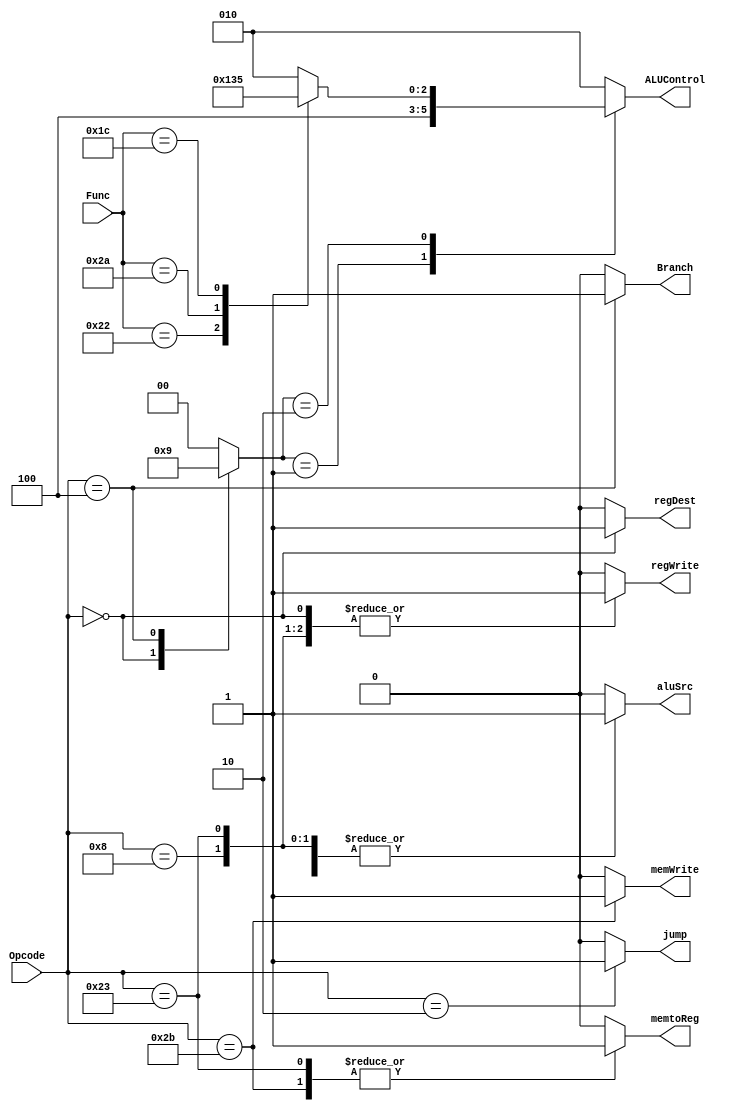
module MIPS_CU (
    input wire [5:0] Opcode,
    input wire [5:0] Func,
    output reg memtoReg,
    output reg memWrite,
    output reg Branch,
    output reg aluSrc,
    output reg regDest,
    output reg regWrite,
    output reg jump,
    output reg [2:0] ALUControl	 
);
    reg [1:0] ALUOp;
    
    always @(*) begin
        memtoReg = 'b0;
        memWrite = 'b0;
        Branch = 'b0;
        aluSrc = 'b0;
        regDest = 'b0;
        regWrite = 'b0;
        ALUOp = 'b0;
        jump = 'b0;
        case (Opcode)
            'b00_0000:begin
                regDest = 'b1;
                regWrite = 'b1;
                ALUOp = 'b10;
            end
            'b00_0010:begin
                jump = 'b1;
            end
            'b00_0100:begin
                Branch = 'b1;
                ALUOp = 'b01;
            end
            'b00_1000:begin
                regWrite = 'b1;
                aluSrc = 'b1;
            end
            'b10_0011:begin
                regWrite = 'b1;
                aluSrc = 'b1;
                memtoReg = 'b1;
            end
            'b10_1011:begin
                memWrite = 'b1;
                aluSrc = 'b1;
                memtoReg = 'b1;
            end
            default: begin
                memtoReg = 'b0;
                memWrite = 'b0;
                Branch = 'b0;
                aluSrc = 'b0;
                regDest = 'b0;
                regWrite = 'b0;
                ALUOp = 'b0;
                jump = 'b0;
            end
        endcase
        
        case (ALUOp)
            'b00:begin
                ALUControl = 'b010;
            end
            'b01:begin
                ALUControl = 'b100;
            end
            'b10:begin
                case (Func)
                    'b10_0000:begin
                        ALUControl = 'b010;
                    end 
                    'b10_0010:begin
                        ALUControl = 'b100;
                    end
                    'b10_1010:begin
                        ALUControl = 'b110;
                    end
                    'b01_1100:begin
                        ALUControl = 'b101;
                    end
                    default:begin
                        ALUControl = 'b010;
                    end
                endcase
            end
            default: begin
                ALUControl = 'b010;
            end
        endcase
    end
endmodule